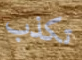
تكذب